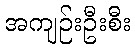
အကျဉ်းဦးစီး